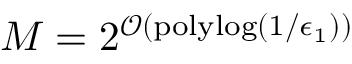
M = 2 ^ { \mathcal { O } ( \mathrm { p o l y l o g } ( 1 / \epsilon _ { 1 } ) ) }